Triennial report on the lunatic asylums in the province of Eastern Bengal and Assam - 1903-1911
Year: 1903
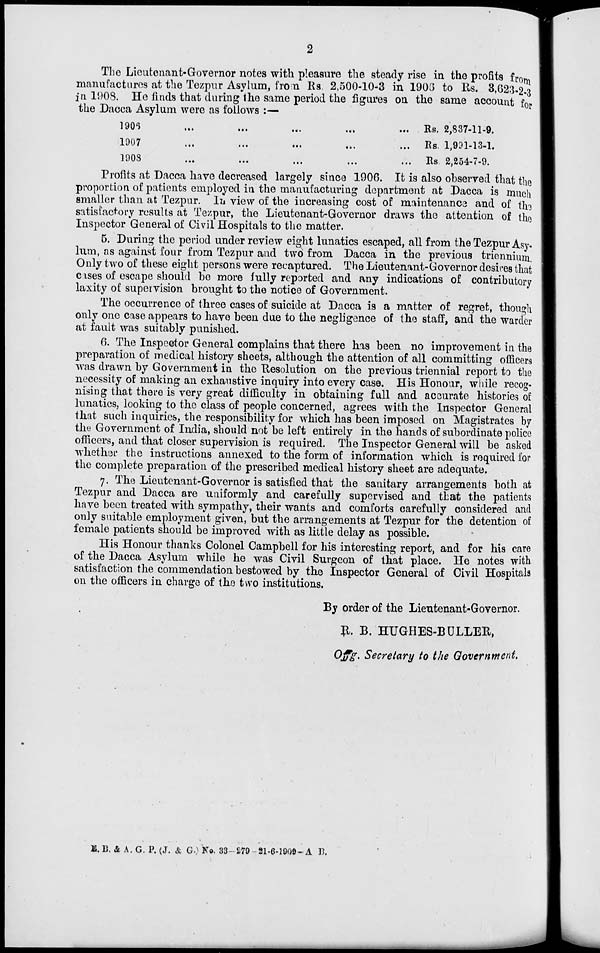
2
The Lieutenant-Governor notes with pleasure the steady rise in the profits from
manufactures at the Tezpur Asylum, from Rs. 2,500-10-3 in 1906 to Rs. 3,623-2-3
in 1908. He finds that during the same period the figures on the same account
1906 ... ... ... ... ... ... ... ...
1907 ... ... ... ... ... ... ... ...
1908 ... ... ... ... ... ... ...
Rs. 2,837-11-9.
Rs. 1,991-13-1.
Rs. 2,254-7-9.
Profits at Dacca have decreased largely since 1906. It is also observed that the
proportion of patients employed in the manufacturing department at Dacca is much
smaller than at Tezpur. In view of the increasing cost of maintenance and of the
satisfactory results at Tezpur, the Lieutenant-Governor draws the attention of the
Inspector General of Civil Hospitals to the matter.
5. During the period under review eight lunatics escaped, all from the Tezpur Asy.
lum, as against four from Tezpur and two from Dacca in the previous triennium,
Only two of these eight persons were recaptured. The Lieutenant-Governor desires that
cases of escape should be more fully reported and any indications of contributory
laxity of supervision brought to the notice of Government.
The occurrence of three cases of suicide at Dacca is a matter of regret, though
only one case appears to have been due to the negligence of the staff, and the warder
at fault was suitably punished.
6. The Inspector General complains that there has been no improvement in the
preparation of medical history sheets, although the attention of all committing officers
was drawn by Government in the "Resolution on the previous triennial report to the
necessity of making an exhaustive inquiry into every case. His Honour, while recog-
nising that there is very great difficulty in obtaining full and accurate histories of
lunatics, looking to the class of people concerned, agrees with the Inspector General
that such inquiries, the responsibility for which has been imposed on Magistrates by
the Government of India, should not be left entirely in the hands of subordinate police
officers, and that closer supervision is required. The Inspector General will be asked
whether the instructions annexed to the form of information which is required for
the complete preparation of the prescribed medical history sheet are adequate.
7. The Lieutenant-Governor is satisfied that the sanitary arrangements both at
Tezpur and Dacca are uniformly and carefully supervised and that the patients
have been treated with sympathy, their wants and comforts carefully considered and
only suitable employment given, but the arrangements at Tezpur for the detention of
female patients should be improved with as little delay as possible.
His Honour thanks Colonel Campbell for his interesting report, and for his care
of the Dacca Asylum while he was Civil Surgeon of that place. He notes with
satisfaction the commendation bestowed by the Inspector General of Civil Hospitals
on the officers in charge of the two institutions.
By order of the Lieutenant-Governor.
R. B. HUGHES-BULLER,
Offg. Secretary to the Government.
M.B. & A. G. P. (J. & G.) No. 33-279-21-6-1909-A B.